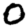
Digit: 0